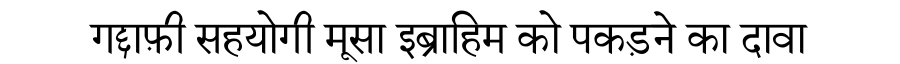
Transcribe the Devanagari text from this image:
गद्दाफ़ी सहयोगी मूसा इब्राहिम को पकड़ने का दावा